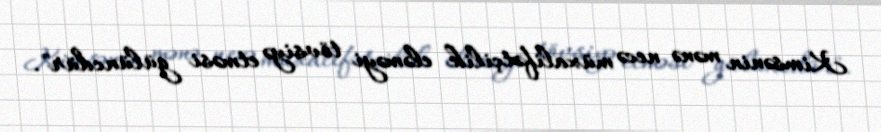
Kimsənin mənə necə müxalifətçilik eləməyi tövsiyə etməsi gülüncdür".